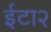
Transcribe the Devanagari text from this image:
ईटा२